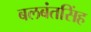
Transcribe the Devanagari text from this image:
बलबंतसिंह